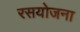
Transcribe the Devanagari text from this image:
रसयोजना